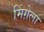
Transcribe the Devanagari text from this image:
मिंग़ेला